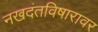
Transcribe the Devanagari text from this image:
नखदंतविषारावर